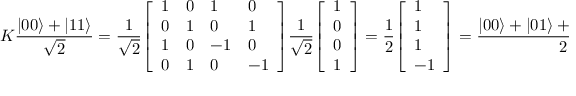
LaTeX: K { \frac { | 0 0 \rangle + | 1 1 \rangle } { \sqrt { 2 } } } = { \frac { 1 } { \sqrt { 2 } } } { \left[ \begin{array} { l l l l } { 1 } & { 0 } & { 1 } & { 0 } \\ { 0 } & { 1 } & { 0 } & { 1 } \\ { 1 } & { 0 } & { - 1 } & { 0 } \\ { 0 } & { 1 } & { 0 } & { - 1 } \end{array} \right] } { \frac { 1 } { \sqrt { 2 } } } { \left[ \begin{array} { l } { 1 } \\ { 0 } \\ { 0 } \\ { 1 } \end{array} \right] } = { \frac { 1 } { 2 } } { \left[ \begin{array} { l } { 1 } \\ { 1 } \\ { 1 } \\ { - 1 } \end{array} \right] } = { \frac { | 0 0 \rangle + | 0 1 \rangle + | 1 0 \rangle - | 1 1 \rangle } { 2 } }